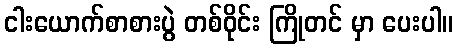
ငါးယောက်စာစားပွဲ တစ်ဝိုင်း ကြိုတင် မှာ ပေးပါ။